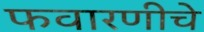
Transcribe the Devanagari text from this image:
फवारणीचे